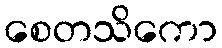
စေတသိကော